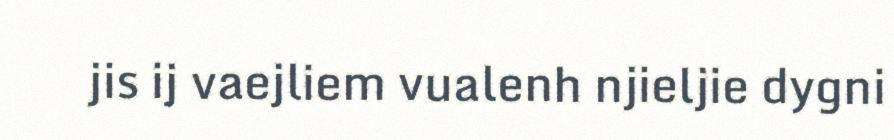
jis ij vaejliem vualenh njieljie dygni